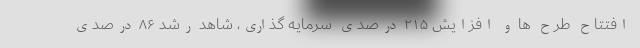
افتتاح طرح ها و افزایش ۲۱۵ درصدی سرمایه گذاری، شاهد رشد ۸۶ درصدی